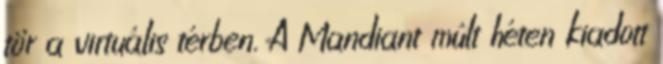
tör a virtuális térben. A Mandiant múlt héten kiadott